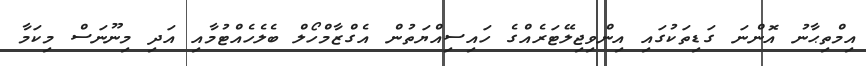
އިމްތިޙާނު އޮންނަ ގަޑިތަކުގައި އިންވިޖިލޭޓަރެއްގެ ހައިސިއްޔަތުން އެގްޒާމްހޯލް ބެލެހެއްޓުމާއި އަދި މިނޫނަސް މިކަމާ